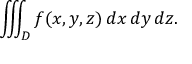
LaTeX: \iiint _ { D } f ( x , y , z ) \, d x \, d y \, d z .